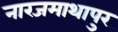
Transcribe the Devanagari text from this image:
नारजमाथापुर